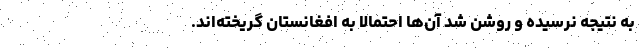
به نتیجه نرسیده و روشن شد آن‌ها احتمالاً به افغانستان گریخته‌اند.